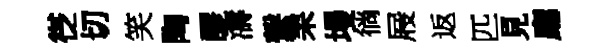
徔切笑陶醪濤繋耒墁徜屐返匹見廳